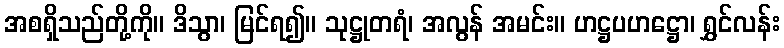
အစရှိသည်တို့ကို။ ဒိသွာ၊ မြင်ရ၍။ သုဋ္ဌုတရံ၊ အလွန် အမင်း။ ဟဋ္ဌပဟဋ္ဌော၊ ရွှင်လန်း